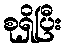
စုရှိပြီး